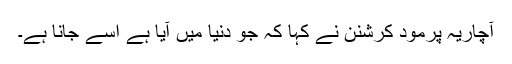
آچاریہ پرمود کرشنن نے کہا کہ جو دنیا میں آیا ہے اسے جانا ہے۔